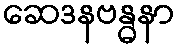
ဆေဒနဗန္ဓနာ